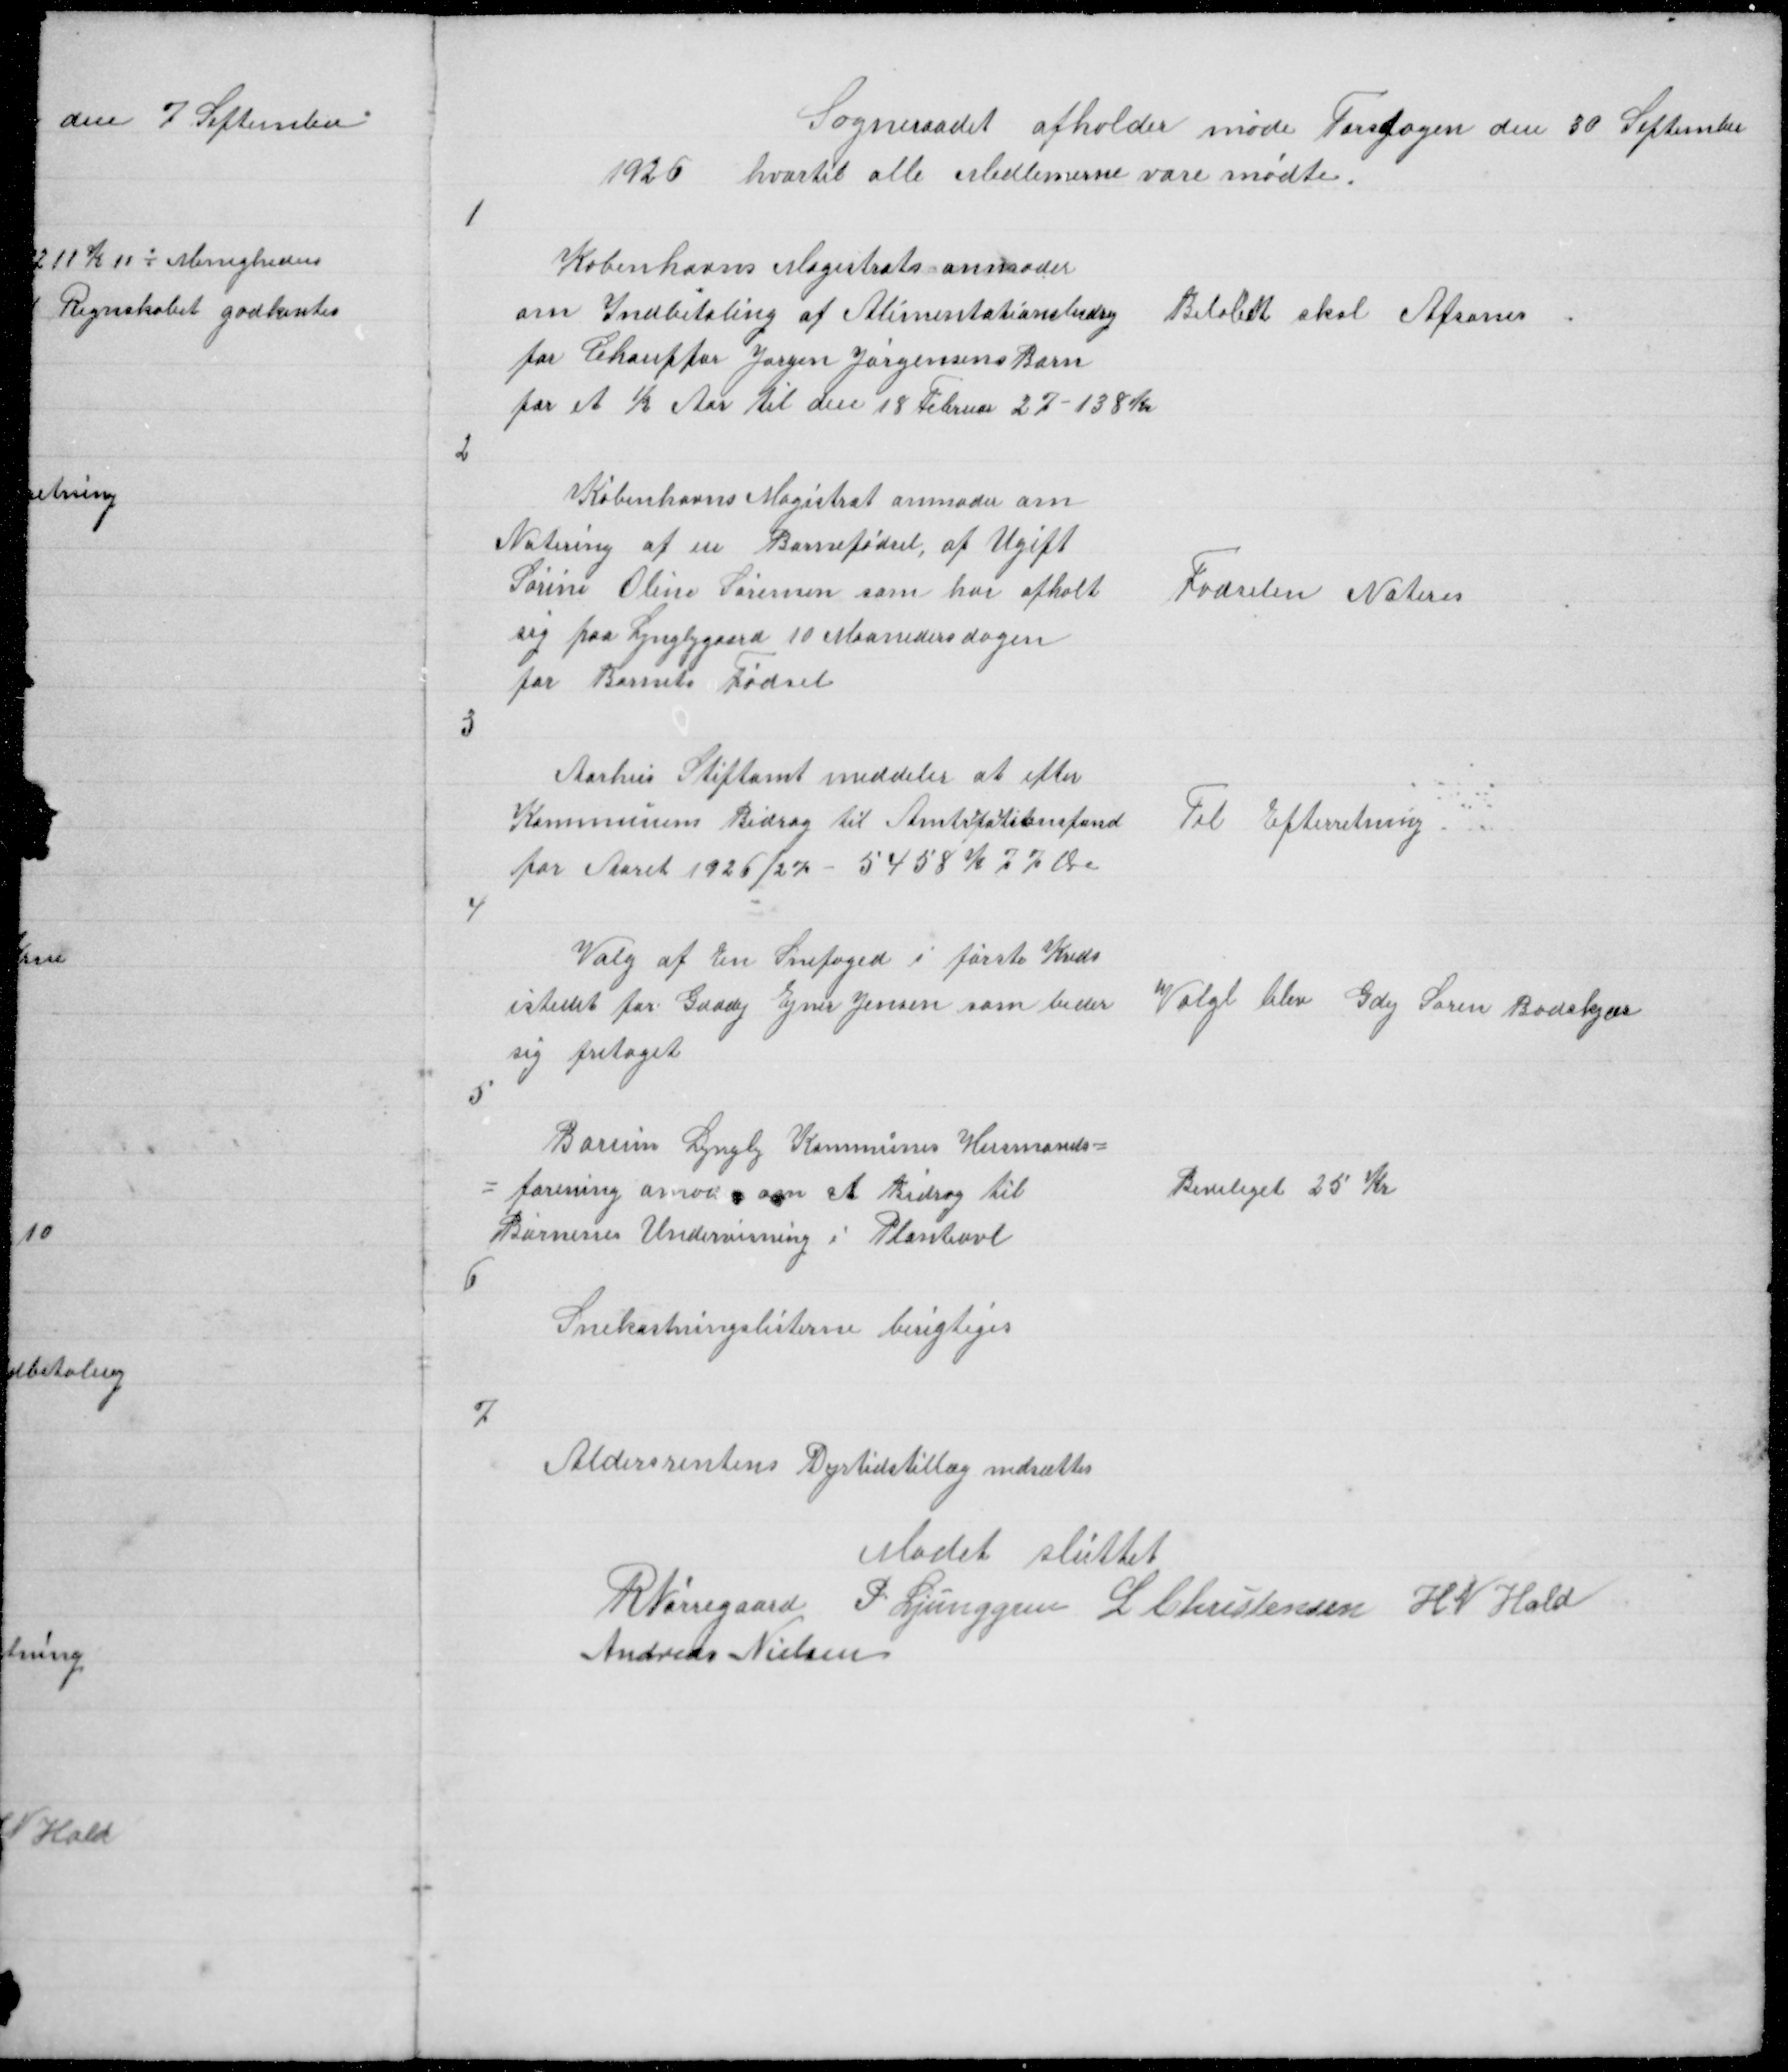
Transskription:
Sogneraadet afholder Møde Torsdagen den 30 September
1926 hvortil alle Medlemerne vare mødte

1

Københavns Magistrats anmoder
om Indbetaling af Alimentationsbidrag
for Chauffør Jørgen Jørgensens Barn
for et ½ Aar til den 18 Februar 27 - 138 Kr

Beløbet skal Afsones

2

Københavns Magistrat anmoder om
Notering af en Barnefødsel, af Ugift
Sørine Oline Sørensen som har opholt
sig paa Lyngbygaard 10 Maanedersdagen
før Barnets Fødsel

Fødslen Noteres

3

Aarhus Stiftamt meddeler at efter
Kommunens Bidrag til Amtsrepartitionsfond
for Aaret 1926/2% - 5458 K 77 Ør

Til Efterretning

4

Valg af En Snefoged i første Kreds
istedet for Gaadej Ejner Jensen som beder
sig fritaget

Valgt blev Gdej Søren Badskjær

5

Borum Lyngby Kommunes Husmands =
= forening anmoder om et Bidrag til
Børnenes Undervisning i Planteavl
6
Snekastningslisterne berigtiges

Beviliget 25 Kr

7

Aldersrentens Dyrtidstillæg nedsættes

Mødet Sluttet
R Nørregaard P Ljunggren L Christensen H N Hald
Andreas Nielsen